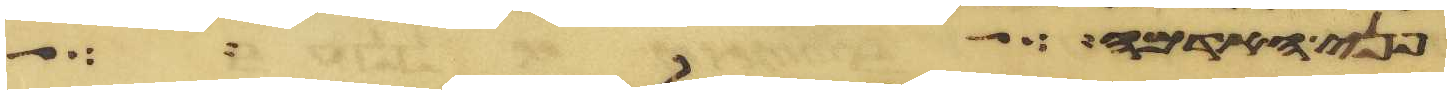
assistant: פני האדמה